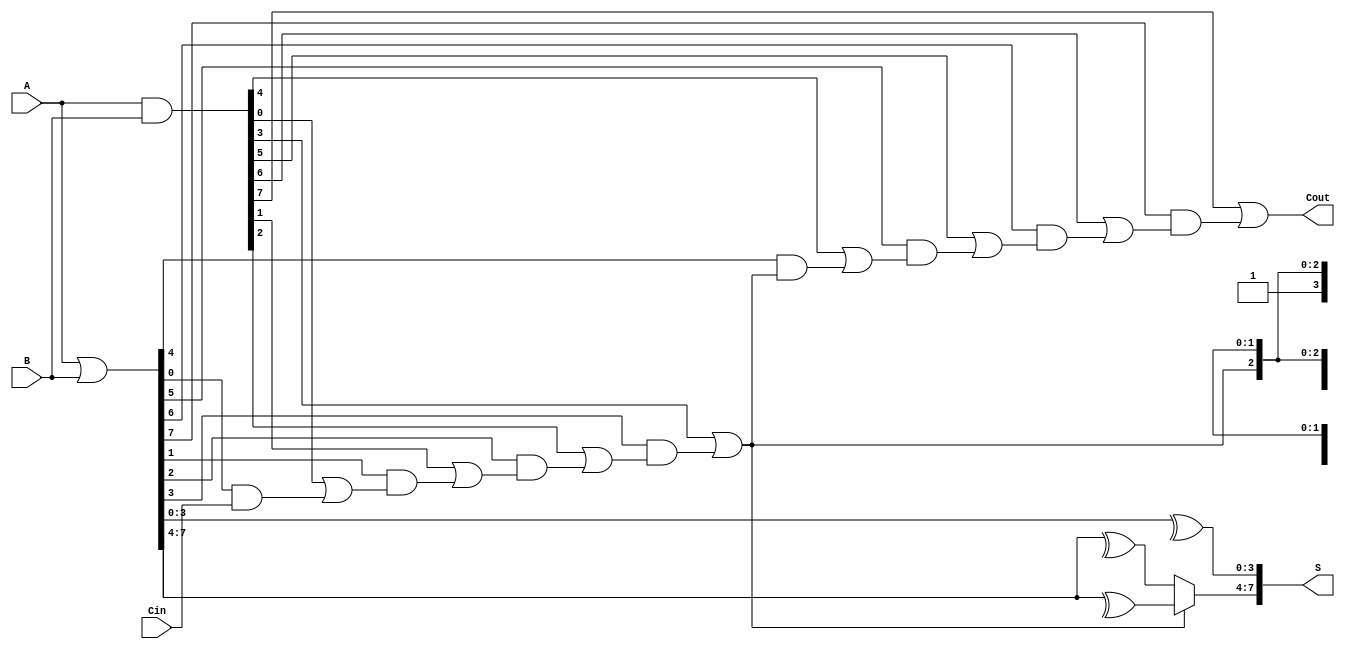
module CSPA #(parameter N = 8, parameter K = 4) (
    input [N-1:0] A,
    input [N-1:0] B,
    input Cin,
    output [N-1:0] S,
    output Cout
);
    // Number of blocks
    localparam NUM_BLOCKS = N / K;

    // Generate and Propagate signals
    wire [N-1:0] G, P;
    wire [NUM_BLOCKS-1:0] C;

    // Generate and Propagate computation
    assign G = A & B;
    assign P = A | B;

    // Carry computation using Kogge-Stone prefix logic
    genvar i, j;
    generate
        for (i = 0; i < NUM_BLOCKS; i = i + 1) begin : block
            wire [K-1:0] G_block;
            wire [K-1:0] P_block;
            wire [K:0] C_temp;

            // Assign G and P for the current block
            assign G_block = G[i*K +: K];
            assign P_block = P[i*K +: K];

            // Calculate carry for the block
            if (i == 0) begin
                assign C_temp[0] = Cin; // Carry-in for the first block
            end else begin
                assign C_temp[0] = C[i-1]; // Carry-out from the previous block
            end

            for (j = 0; j < K; j = j + 1) begin : carry_logic
                if (j == 0) begin
                    assign C_temp[j+1] = G_block[j] | (P_block[j] & C_temp[j]);
                end else begin
                    assign C_temp[j+1] = G_block[j] | (P_block[j] & C_temp[j]);
                end
            end

            // Assign carry-out for the block
            assign C[i] = C_temp[K];
        end
    endgenerate

    // Sum computation with carry select
    generate
        for (i = 0; i < NUM_BLOCKS; i = i + 1) begin : sum_block
            wire [K-1:0] S0, S1;

            // Calculate sums assuming carry-in is 0 and 1
            assign S0 = P[i*K +: K] ^ {C[i], C[i-1], C[i-2], C[i-3]}; // Carry-in 0
            assign S1 = P[i*K +: K] ^ {1'b1, C[i-1], C[i-2], C[i-3]}; // Carry-in 1

            // Select the correct sum based on carry-in
            assign S[i*K +: K] = (C[i-1] ? S1 : S0);
        end
    endgenerate

    // Final carry-out
    assign Cout = C[NUM_BLOCKS-1];

endmodule